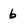
Character: 6